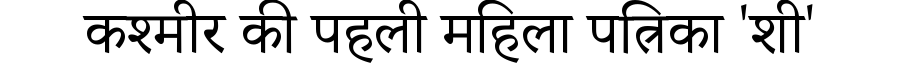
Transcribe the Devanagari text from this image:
कश्मीर की पहली महिला पत्रिका 'शी'